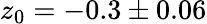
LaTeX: z_{0}=-0.3\pm 0.06